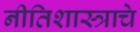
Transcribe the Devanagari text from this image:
नीतिशास्त्राचे